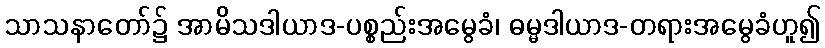
သာသနာတော်၌ အာမိသဒါယာဒ-ပစ္စည်းအမွေခံ၊ ဓမ္မဒါယာဒ-တရားအမွေခံဟူ၍